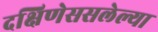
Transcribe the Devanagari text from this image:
दक्षिणेससलेल्या